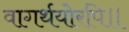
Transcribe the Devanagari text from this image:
वागर्थयोरपि॥